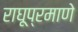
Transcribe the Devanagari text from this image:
राघूप्रमाणे